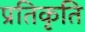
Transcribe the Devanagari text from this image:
प्रतिकृति